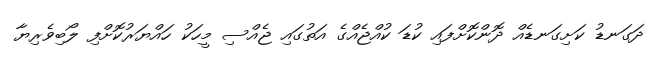
ދަގަނޑު ކަށިގަނޑެއް ދޮންކޮށްފައި ކުޑަ ކުއްޖެއްގެ އަތުގައި ޖެއްސި މީހަކު ހައްޔަރުކޮށްފި ލޯބިވެރިޔާ